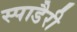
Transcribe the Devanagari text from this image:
स्पाडैरी